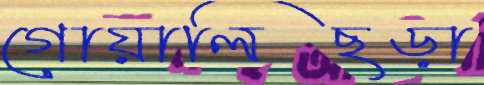
গোয়ালিছড়া